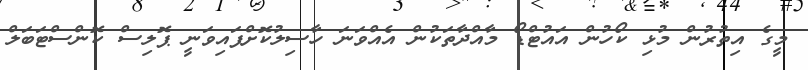
މީގެ އިތުރުން މުޅި ކޯހުން އައުޓްޑޯ މާއްދާތަކުން އެއްވަނަ ހާސިލުކޮށްފައިވަނީ ޕޮލިސް ކޮންސްޓަަބަލް